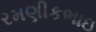
રમણીકભાઇ